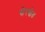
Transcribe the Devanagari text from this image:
सेरखेत